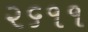
૨૬૧૧